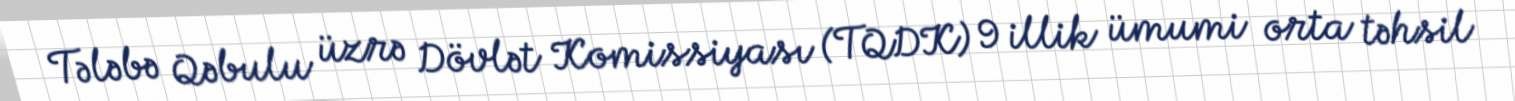
Tələbə Qəbulu üzrə Dövlət Komissiyası (TQDK) 9 illik ümumi orta təhsil